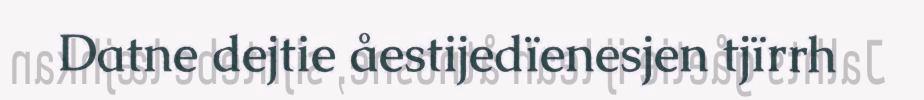
Datne dejtie åestijedïenesjen tjïrrh